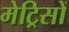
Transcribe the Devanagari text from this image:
मेट्रिसों